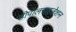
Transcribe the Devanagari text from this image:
डीपोलराइजेशन